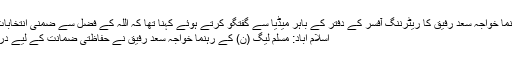
مسلم لیگ ن کے رہنما خواجہ سعد رفیق کا ریٹرننگ آفسر کے دفتر کے باہر میڈیا سے گفتگو کرتے ہوئے کہنا تھا کہ اللہ کے فضل سے ضمنی انتخابات میں مسلم لیگ …
اسلام آباد: مسلم لیگ (ن) کے رہنما خواجہ سعد رفیق نے حفاظتی ضمانت کے لیے درخواست دائر کردی۔